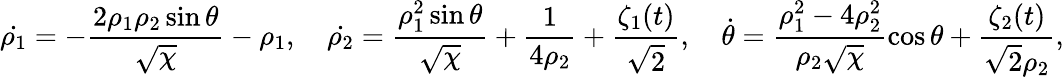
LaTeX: \dot{\rho_{1}}=-\frac{2\rho_{1}\rho_{2}\sin\theta}{\sqrt{\chi}}-\rho_{1},\quad\dot{\rho_{2}}=\frac{\rho_{1}^{2}\sin\theta}{\sqrt{\chi}}+\frac{1}{4\rho_{2}}+\frac{\zeta_{1}(t)}{\sqrt{2}},\quad\dot{\theta}=\frac{\rho_{1}^{2}-4\rho_{2}^{2}}{\rho_{2}\sqrt{\chi}}\cos\theta+\frac{\zeta_{2}(t)}{\sqrt{2}\rho_{2}},